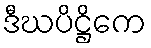
ဒီဃပိဋ္ဌိကေ